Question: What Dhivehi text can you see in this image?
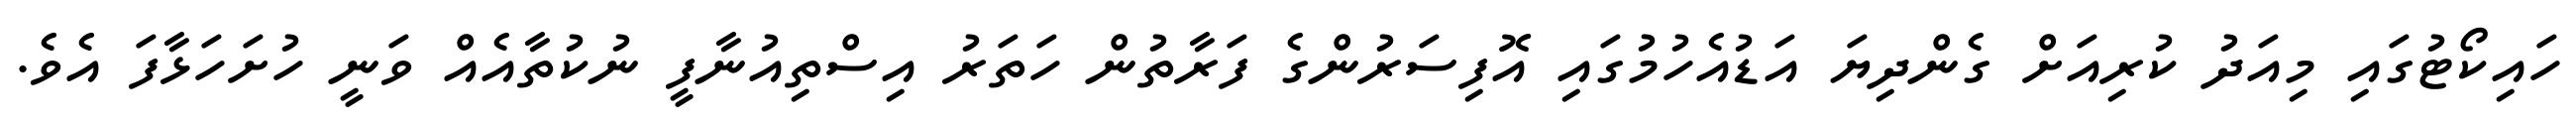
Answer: ހައިކޯޓުގައި މިއަދު ކުރިއަށް ގެންދިޔަ އަޑުއެހުމުގައި އޮފިސަރުންގެ ފަރާތުން ހަތަރު އިސްތިއުނާފީ ނުކުތާއެއް ވަނީ ހުށަހަޅާފަ އެވެ.